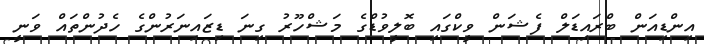
އިންޑިއަން ބްރައިޑަލް ފެޝަން ވީކްގައި ބޮލީވުޑްގެ މަޝްހޫރު ގިނަ ޑިޒައިނަރުންގެ ހެދުންތައް ވަނީ